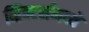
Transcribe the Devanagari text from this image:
व्हिक्टर्समध्ये